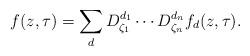
LaTeX: \begin{align*}f(z,\tau) = \sum_{d} D_{\zeta_1}^{d_1} \cdots D_{\zeta_n}^{d_n} f_d(z,\tau).\end{align*}